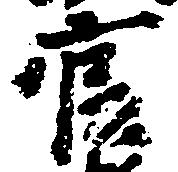
官